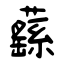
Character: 蘨